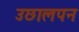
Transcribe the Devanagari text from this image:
उछालपन